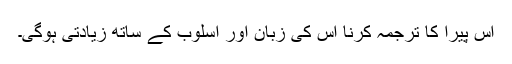
اِس پیرا کا ترجمہ کرنا اِس کی زبان اور اسلوب کے ساتھ زیادتی ہوگی۔